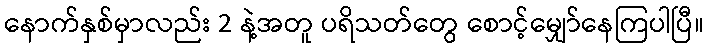
နောက်နှစ်မှာလည်း 2 နဲ့အတူ ပရိသတ်တွေ စောင့်မျှော်နေကြပါပြီ။